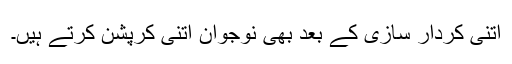
اتنی کردار سازی کے بعد بھی نوجوان اتنی کرپشن کرتے ہیں۔